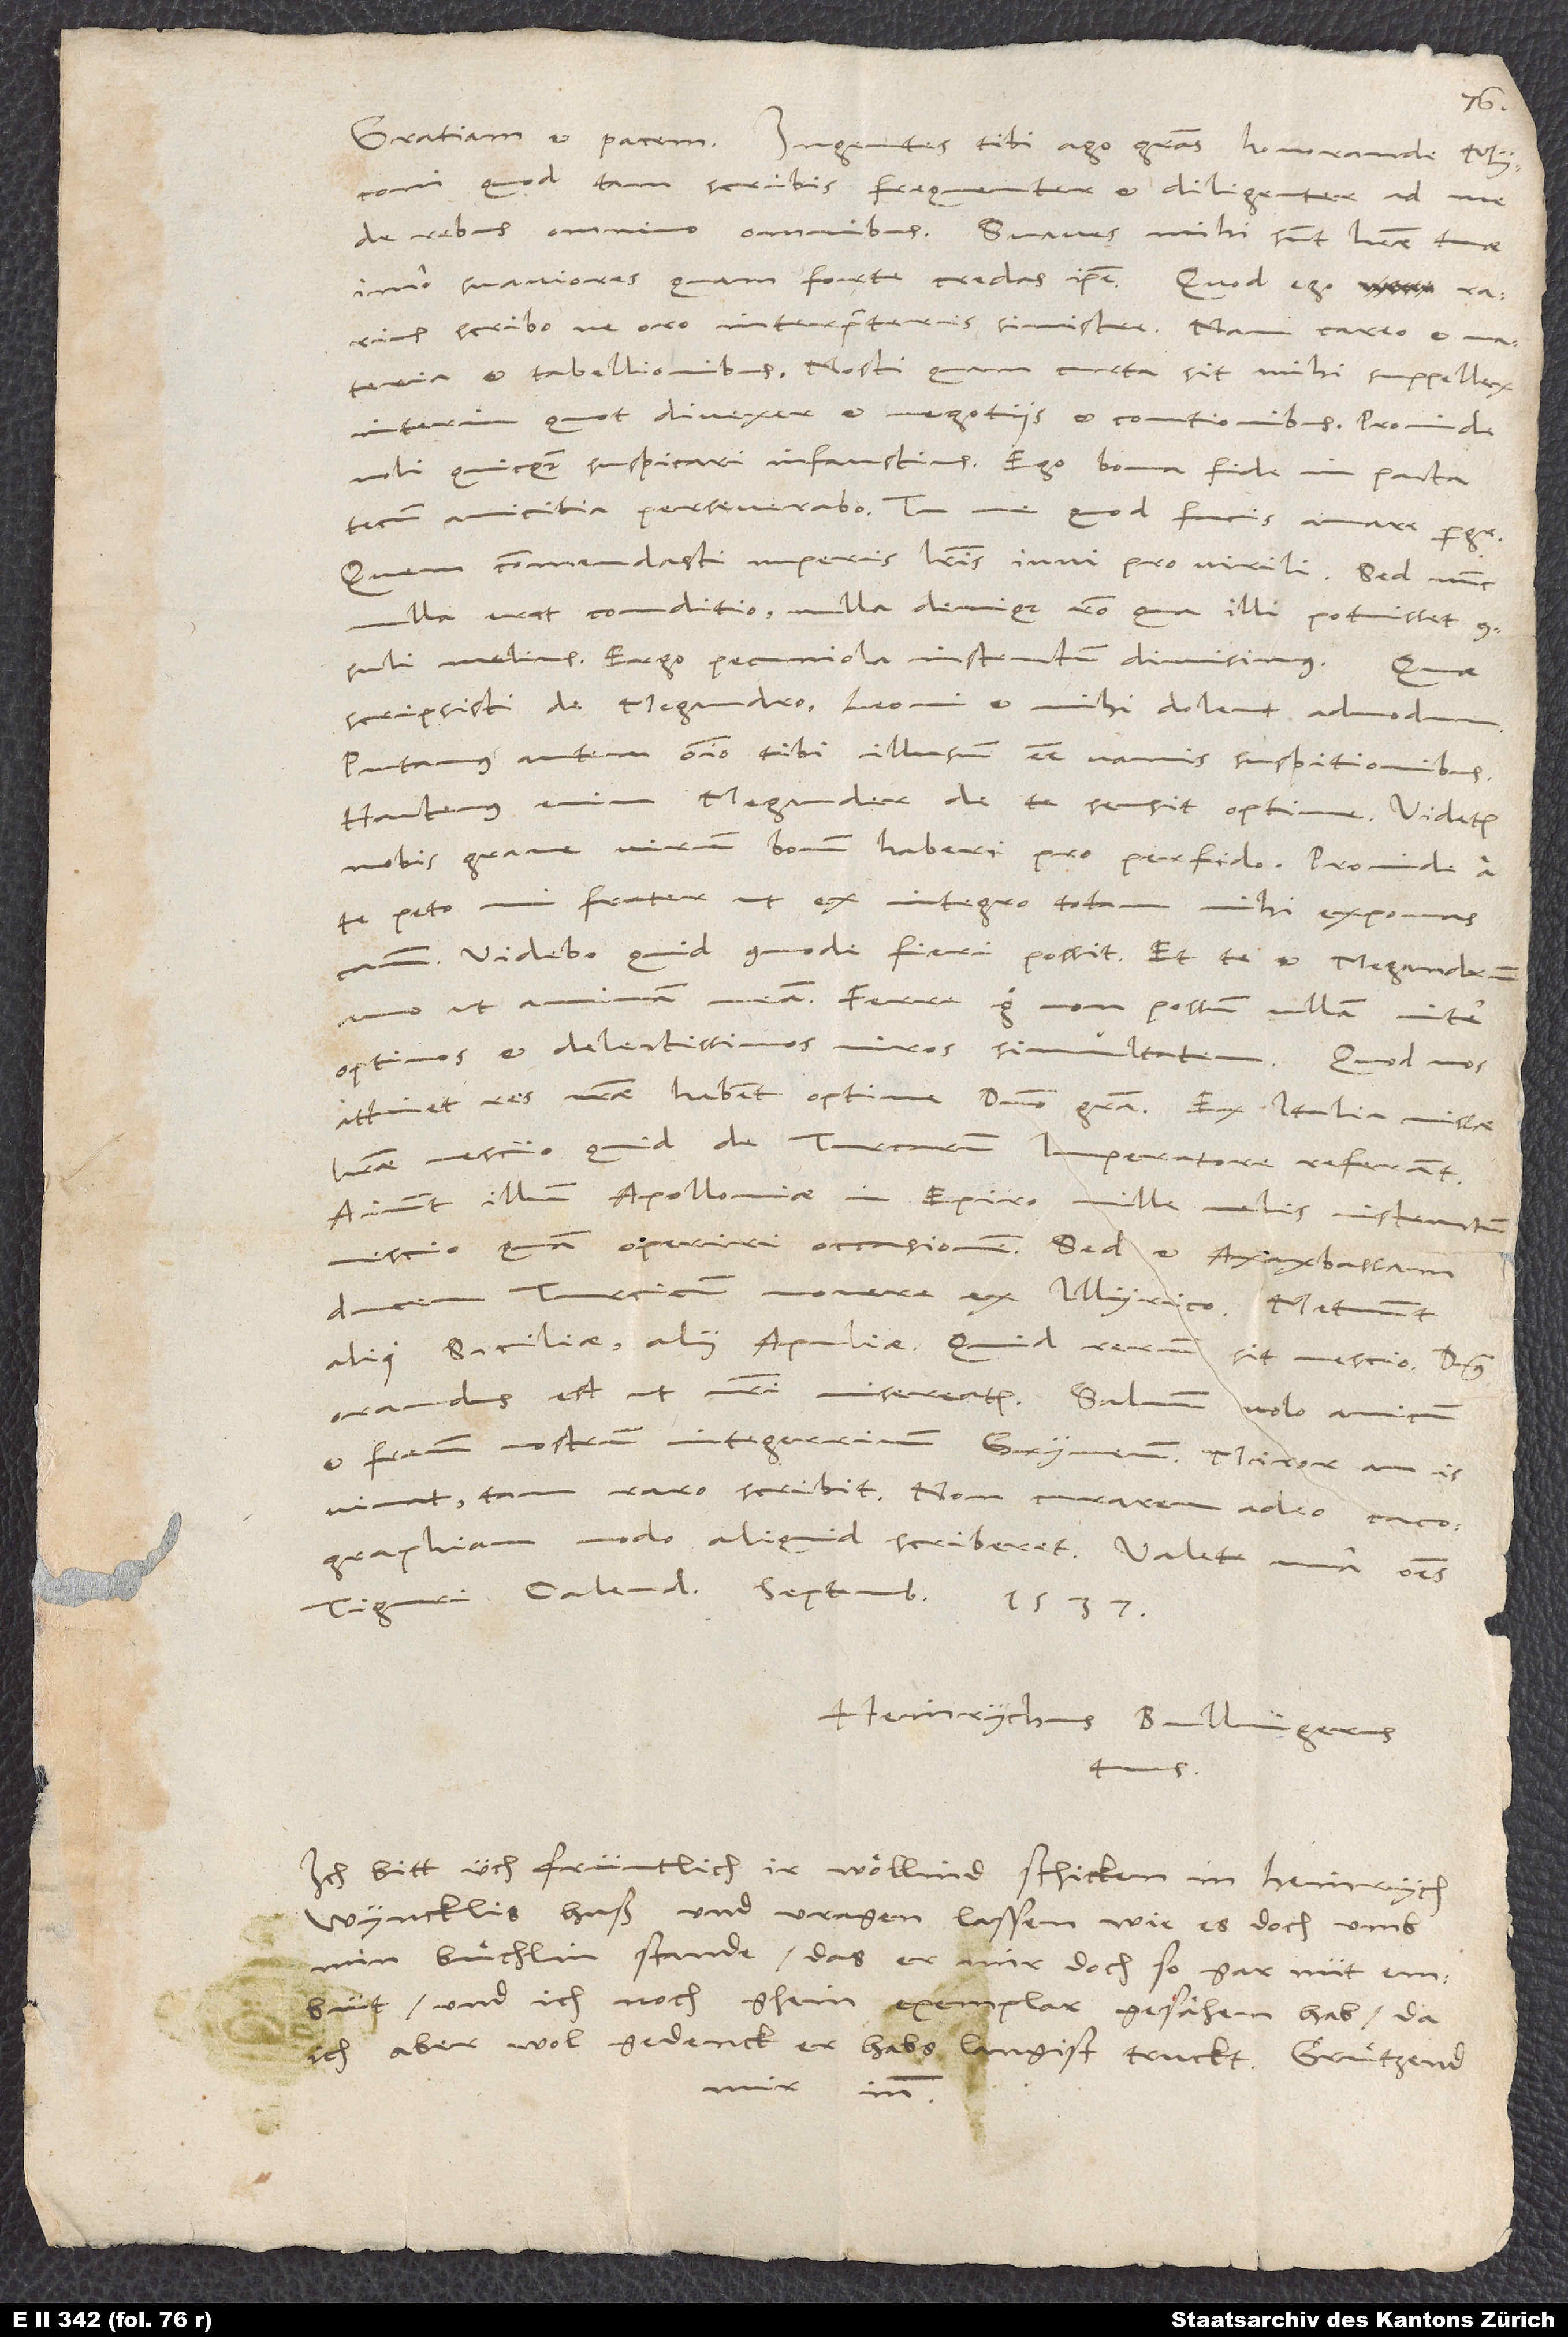
quod tam scribis frequenter et diligenter ad me
de rebus omnino omnibus. Suaves mihi sunt literae tuae,
imo suaviores, quam forte credas ipse. Quod ego rarius
scribo, ne, oro, interpreteris sinistre. Nam careo et materia
et tabellionibus. Nosti, quam curta sit mihi suppellex,
interim quot divexer et negotiis et contionibus. Proinde
noli quicquam suspicari infaustius. Ego bona fide in pacta
tecum amicitia perseverabo. Tu me, quod facis, amare perge.
Quem commendasti nuperis literis, iuvi pro virili. Sed nunc
nulla erat conditio, nulla denique ratio, qua illi potuisset
melius. Ergo pecuniola instructum dimisimus.
scripsisti de Megandro, Leoni et mihi dolent admodum.
Putamus autem omnino tibi illusum esse vanis suspitionibus.
Hactenus enim Megander de te sensit optime. Videtur
nobis grave virum bonum haberi pro perfido. Proinde a
te peto, mi frater, ut ex integro totam mihi exponas
Videbo, quid commode fieri possit. Et te et Megandrum
amo ut animam meam. Ferre ergo non possum ullam inter
optimos et delectissimos viros simultatem.
attinet, res nostrae habent optime, domino gratia. Ex Italia missae
literae nescio quid de Turcarum imperatore referant.
Aiunt illum Apolloniae in Epiro mille velis instructum
ducem Turcicum, movere ex Illyrico. Metuunt
alii Siciliae, alii Apuliae. Quid rerum sit, nescio. Dominus
et fratrem nostrum integerrimum Gryneum. Miror, an is
vivat, tam raro scribit. Non curarem adeo cacographiam
modo aliquid, scriberet. Valete una omnes.
Tiguri, calendis septembris 1537.
Heinrychus Bullingerus
tuus.
Ich bitt üch früntlich, ir wöllind schicken in Heinrych
Wyncklis huß und vragen lassen, wie es doch umb
min buͤchlin stande, das er mir doch so gar nüt embüt
und ich noch ghein exemplar gesähen hab, da
ich aber wol gedenck, er habs langist truckt. Grützend
mir inn.